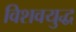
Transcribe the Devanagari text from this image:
विशवयुद्ध